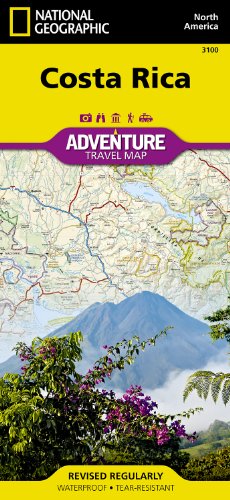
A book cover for Costa Rica Adventure Travel Map (Trails Illustrated); National Geographic Maps - Adventure; Reference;